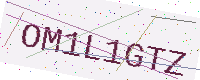
Text: OM1L1GTZ